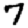
Digit: 7